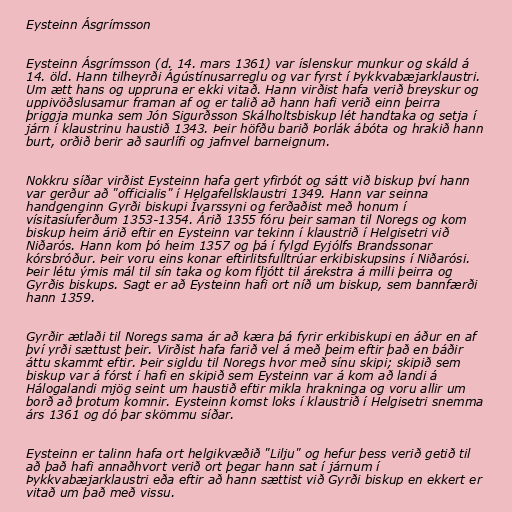
Eysteinn Ásgrímsson

Eysteinn Ásgrímsson (d. 14. mars 1361) var íslenskur munkur og skáld á
14. öld. Hann tilheyrði Ágústínusarreglu og var fyrst í Þykkvabæjarklaustri.
Um ætt hans og uppruna er ekki vitað. Hann virðist hafa verið breyskur og
uppivöðslusamur framan af og er talið að hann hafi verið einn þeirra
þriggja munka sem Jón Sigurðsson Skálholtsbiskup lét handtaka og setja í
járn í klaustrinu haustið 1343. Þeir höfðu barið Þorlák ábóta og hrakið hann
burt, orðið berir að saurlífi og jafnvel barneignum.

Nokkru síðar virðist Eysteinn hafa gert yfirbót og sátt við biskup því hann
var gerður að "officialis" í Helgafellsklaustri 1349. Hann var seinna
handgenginn Gyrði biskupi Ívarssyni og ferðaðist með honum í
vísitasíuferðum 1353-1354. Árið 1355 fóru þeir saman til Noregs og kom
biskup heim árið eftir en Eysteinn var tekinn í klaustrið í Helgisetri við
Niðarós. Hann kom þó heim 1357 og þá í fylgd Eyjólfs Brandssonar
kórsbróður. Þeir voru eins konar eftirlitsfulltrúar erkibiskupsins í Niðarósi.
Þeir létu ýmis mál til sín taka og kom fljótt til árekstra á milli þeirra og
Gyrðis biskups. Sagt er að Eysteinn hafi ort níð um biskup, sem bannfærði
hann 1359.

Gyrðir ætlaði til Noregs sama ár að kæra þá fyrir erkibiskupi en áður en af
því yrði sættust þeir. Virðist hafa farið vel á með þeim eftir það en báðir
áttu skammt eftir. Þeir sigldu til Noregs hvor með sínu skipi; skipið sem
biskup var á fórst í hafi en skipið sem Eysteinn var á kom að landi á
Hálogalandi mjög seint um haustið eftir mikla hrakninga og voru allir um
borð að þrotum komnir. Eysteinn komst loks í klaustrið í Helgisetri snemma
árs 1361 og dó þar skömmu síðar.

Eysteinn er talinn hafa ort helgikvæðið "Lilju" og hefur þess verið getið til
að það hafi annaðhvort verið ort þegar hann sat í járnum í
Þykkvabæjarklaustri eða eftir að hann sættist við Gyrði biskup en ekkert er
vitað um það með vissu.